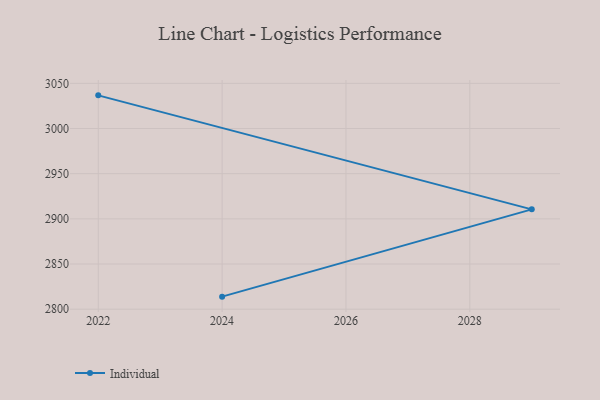
{"axis": {"x": "Year", "y": "Latency (ms)"}, "legend": ["Individual"], "data": [{"x": "2022", "y": 3036.7, "type": "Individual"}, {"x": "2029", "y": 2910.5, "type": "Individual"}, {"x": "2024", "y": 2813.9, "type": "Individual"}]}